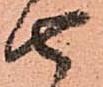
由